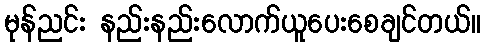
မုန်ညင်း နည်းနည်းလောက်ယူပေးစေချင်တယ်။